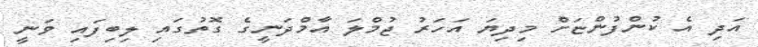
އަދި އެ ކުންފުންޏަށް މިދިޔަ އަހަރު ޖުމްލަ އާމްދަނީގެ ގޮތުގައި ލިބިފައި ވަނީ